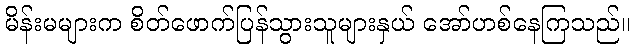
မိန်းမများက စိတ်ဖောက်ပြန်သွားသူများနှယ် အော်ဟစ်နေကြသည်။